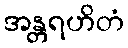
အန္တရဟိတံ